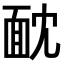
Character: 𩈉